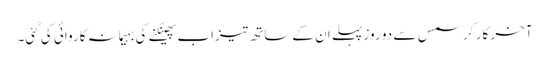
آخر کار کرسمس سے دو روز پہلے ان کے ساتھ تیزاب پھینکنے کی بہیمانہ کاروائی کی گئی۔